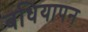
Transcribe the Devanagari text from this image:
बधियापन